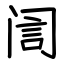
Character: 訚